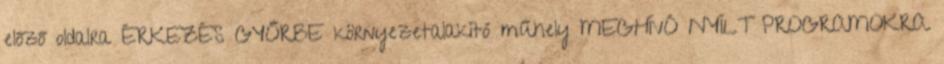
előző oldalra ÉRKEZÉS GYŐRBE környezetalakító műhely MEGHÍVÓ NYÍLT PROGRAMOKRA